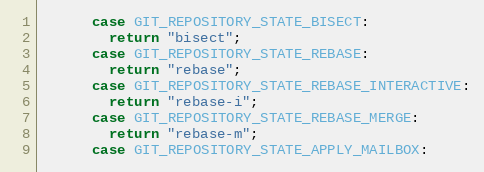
Language: C++
      case GIT_REPOSITORY_STATE_BISECT:
        return "bisect";
      case GIT_REPOSITORY_STATE_REBASE:
        return "rebase";
      case GIT_REPOSITORY_STATE_REBASE_INTERACTIVE:
        return "rebase-i";
      case GIT_REPOSITORY_STATE_REBASE_MERGE:
        return "rebase-m";
      case GIT_REPOSITORY_STATE_APPLY_MAILBOX: